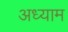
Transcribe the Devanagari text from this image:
अध्याम